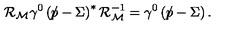
{ \cal R } _ { \cal M } \gamma ^ { 0 } \left( \rlap \slash p - \Sigma \right) ^ { * } { \cal R } _ { \cal M } ^ { - 1 } = \gamma ^ { 0 } \left( \rlap \slash p - \Sigma \right) .